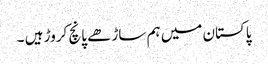
پاکستان میں ہم ساڑھے پانچ کروڑ ہیں ۔